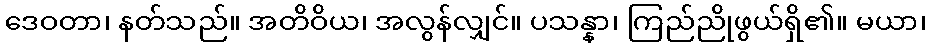
ဒေဝတာ၊ နတ်သည်။ အတိဝိယ၊ အလွန်လျှင်။ ပသန္နာ၊ ကြည်ညိုဖွယ်ရှိ၏။ မယာ၊